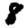
Digit: 8